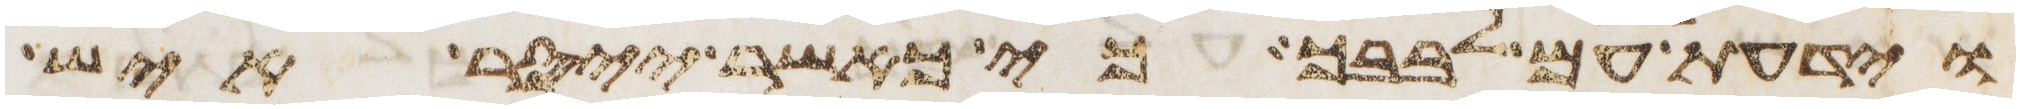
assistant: וידעת עם לבבך כי כאשר ייסר איש